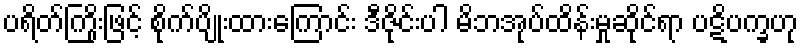
ပရိတ်ကြိုးဖြင့် စိုက်ပျိုးထားကြောင်း ဒီဇိုင်းပါ မိဘအုပ်ထိန်းမှုဆိုင်ရာ ပဋိပက္ခဟု